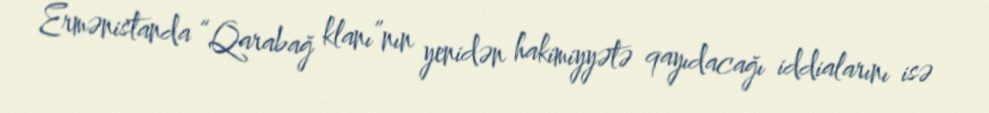
Ermənistanda “Qarabağ klanı”nın yenidən hakimiyyətə qayıdacağı iddialarını isə